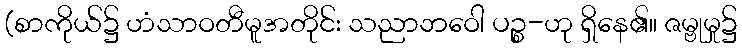
(စာကိုယ်၌ ဟံသာဝတီမူအတိုင်း သညာဘဝေါ ပဉ္စ-ဟု ရှိနေ၏။ ဇမ္ဗုမှု၌